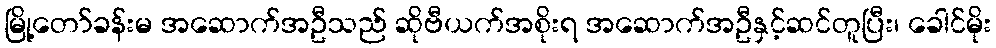
မြို့တော်ခန်းမ အဆောက်အဦသည် ဆိုဗီယက်အစိုးရ အဆောက်အဦနှင့်ဆင်တူပြီး၊ ခေါင်မိုး